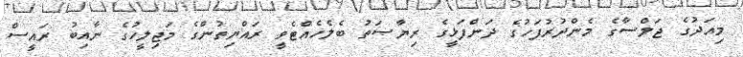
މިއަދުގެ ޖަލްސާގެ މެންދުރުފަހުގެ ދަންފަޅީގެ ރިޔާޞަތު ބެލެހެއްޓެވީ ރައްޔިތުންގެ މަޖިލީހުގެ ނާއިބު ރައީސް